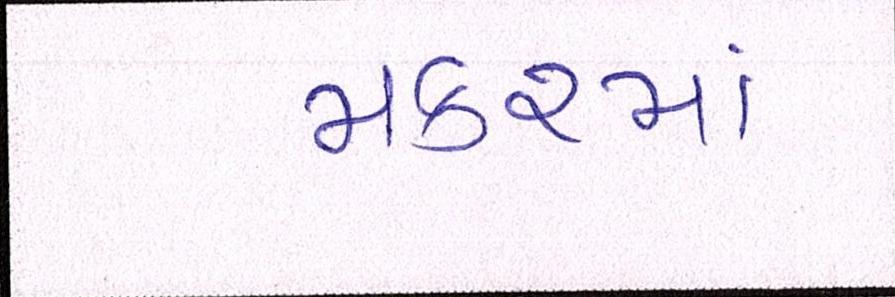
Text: મકરમાં